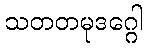
သတတမုဒဂ္ဂေါ